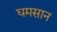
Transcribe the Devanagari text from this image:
घमसान